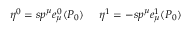
\eta ^ { 0 } = s p ^ { \mu } e _ { \mu } ^ { 0 } ( P _ { 0 } ) \ \ \ \ \eta ^ { 1 } = - s p ^ { \mu } e _ { \mu } ^ { 1 } ( P _ { 0 } )